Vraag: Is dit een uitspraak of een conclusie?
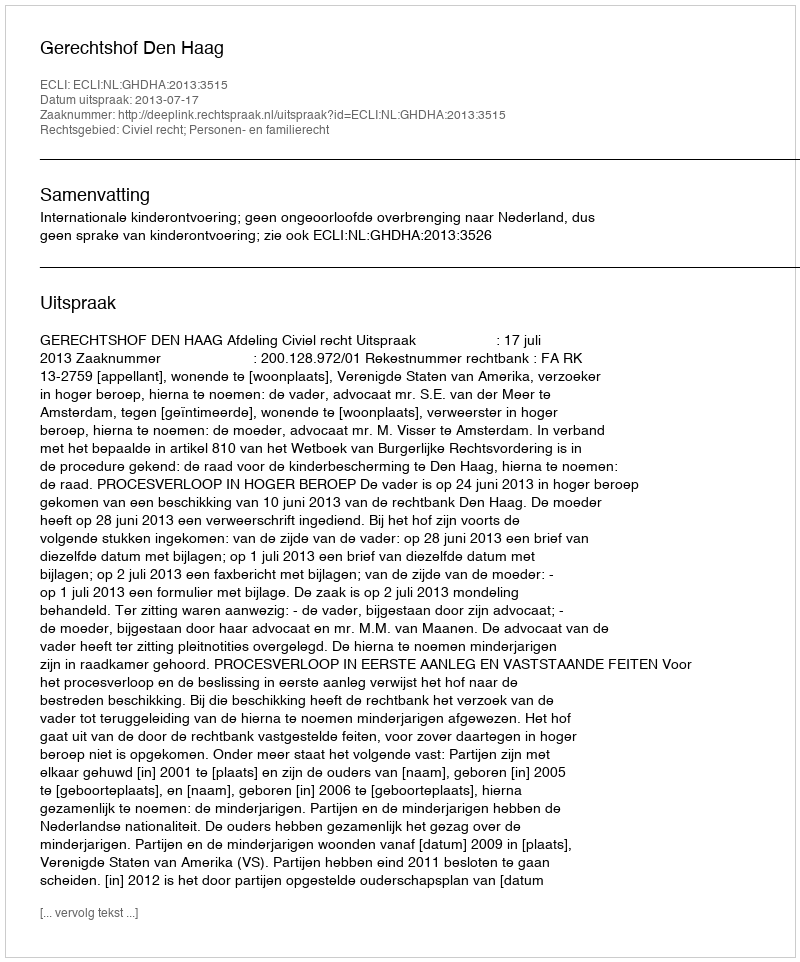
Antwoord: Uitspraak